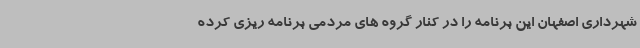
شهرداری اصفهان این برنامه را در کنار گروه های مردمی برنامه ریزی کرده